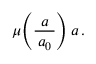
\, \mu \! \left( { \frac { a } { \, a _ { 0 } \, } } \right) a \, .